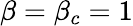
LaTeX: \beta=\beta_{c}=1